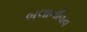
બલાનીવાવ